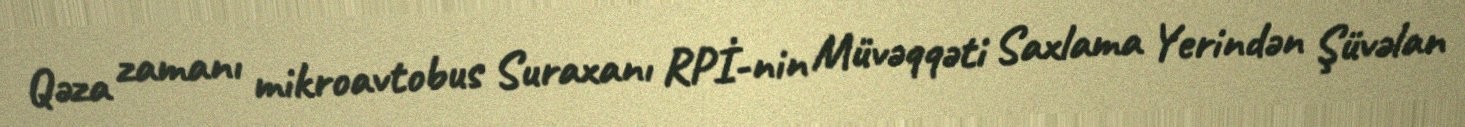
Qəza zamanı mikroavtobus Suraxanı RPİ-nin Müvəqqəti Saxlama Yerindən Şüvəlan